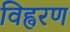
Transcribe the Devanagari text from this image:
विह्वरण